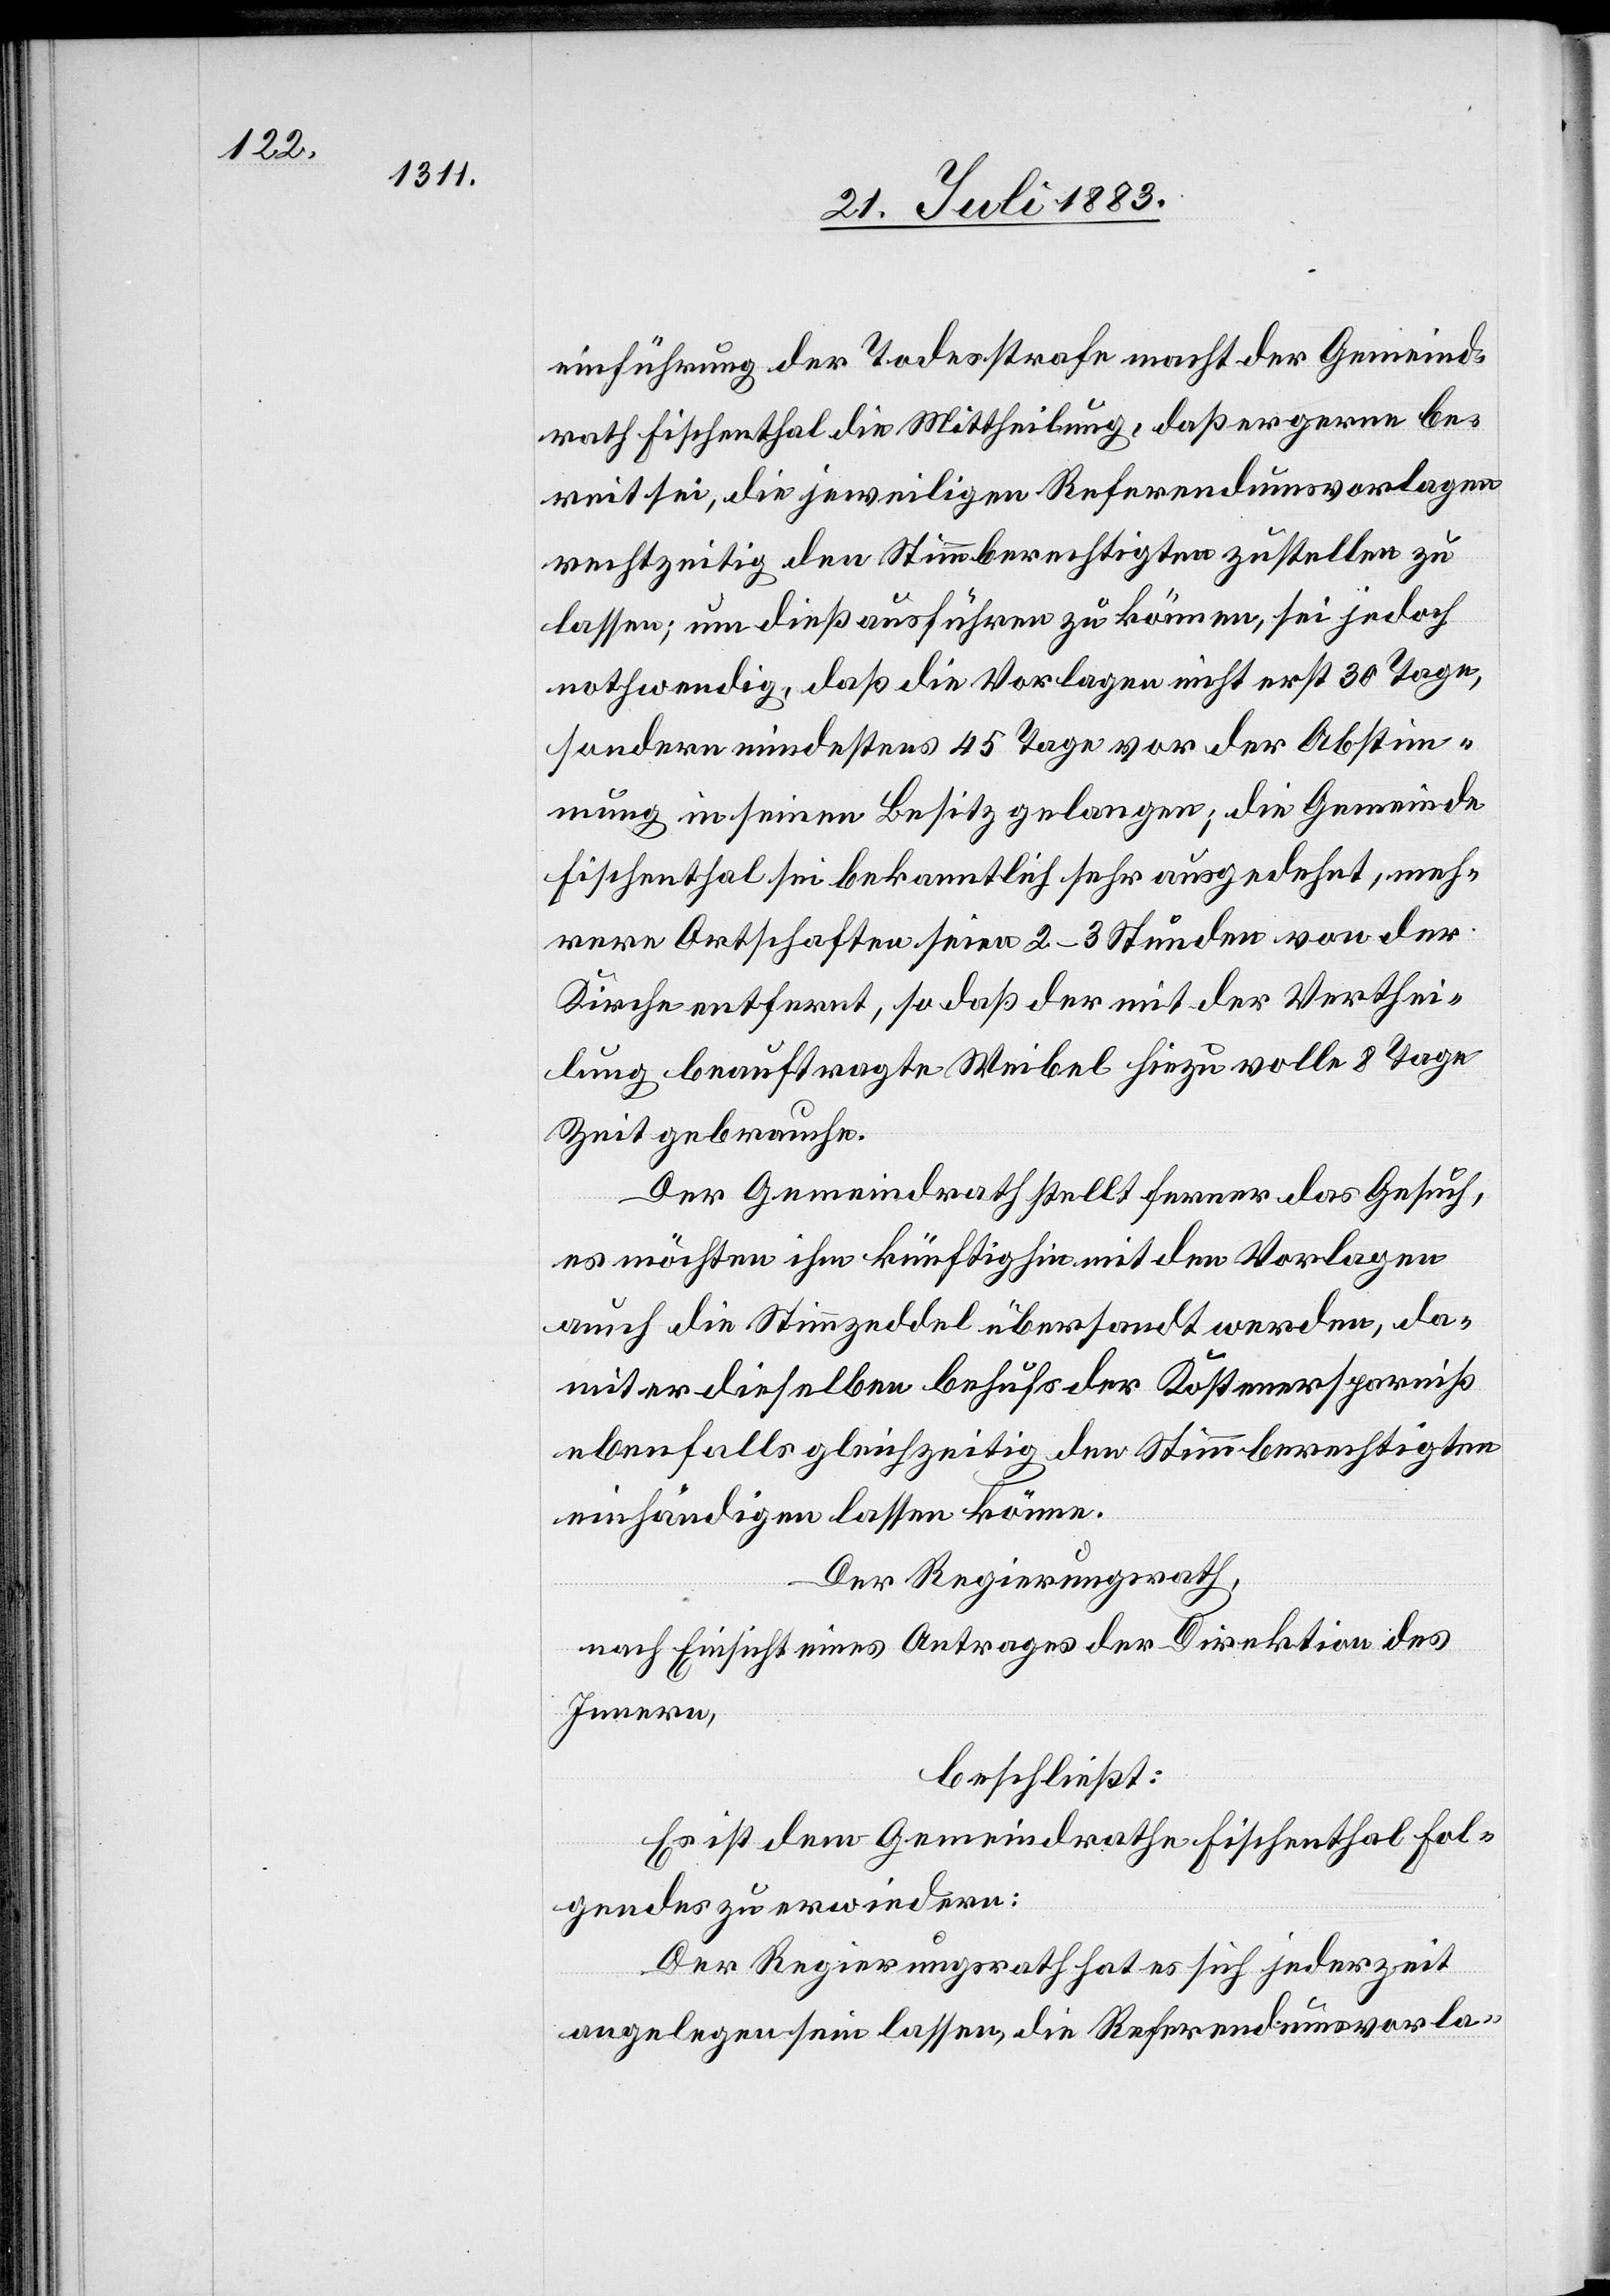
einführung der Todesstrafe macht der Gemeind¬
rath Fischenthal die Mittheilung, daß er gerne be¬
reit sei, die jeweiligen Referendumsvorlagen
rechtzeitig den Stimmberechtigten zustellen zu
lassen; um dieß ausführen zu können, sei jedoch
nothwendig, daß die Vorlagen nicht erst 30 Tage,
sondern mindestens 45 Tage vor der Abstim¬
mung in seinen Besitz gelangen; die Gemeinde
Fischenthal sei bekanntlich sehr ausgedehnt, meh¬
rere Ortschaften seien 2–3 Stunden von der
Kirche entfernt, so daß der mit der Verthei¬
lung beauftragte Weibel hiezu volle 8 Tage
Zeit gebrauche.
Der Gemeindrath stellt ferner das Gesuch,
es möchten ihm künftighin mit den Vorlagen
auch die Stimmzeddel übersandt werden, da¬
mit er dieselben behufs der Kostenersparniß
ebenfalls gleichzeitig den Stimmberechtigten
einhändigen lassen könne.
Der Regierungsrath,
nach Einsicht eines Antrages der Direktion des
Innern,
beschließt:
Es ist dem Gemeindrathe Fischenthal Fol¬
gendes zu erwiedern:
Der Regierungsrath hat es sich jederzeit
angelegen sein lassen, die Referendumsvorla-